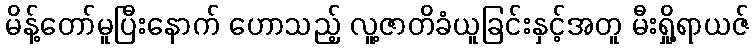
မိန့်တော်မူပြီးနောက် ဟောသည့် လူ့ဇာတိခံယူခြင်းနှင့်အတူ မီးရှို့ရာယဇ်